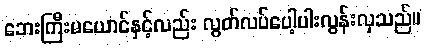
ဘေးကြီးမယောင်နှင့်လည်း လွတ်လပ်ပေါ့ပါးလွန်းလှသည်။